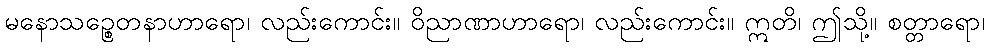
မနောသဉ္စေတနာဟာရော၊ လည်းကောင်း။ ဝိညာဏာဟာရော၊ လည်းကောင်း။ ဣတိ၊ ဤသို့။ စတ္တာရော၊